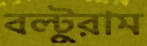
বল্টুরাম